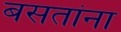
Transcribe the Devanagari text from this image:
बसतांना